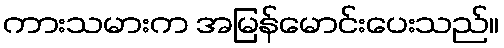
ကားသမားက အမြန်မောင်းပေးသည်။